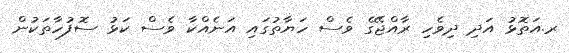
ރ.އަތޮޅު އަދި ދިވެހި ރާއްޖޭގެ ވެސް ހަޔާތުގައި އަނެއްކާ ވެސް ކަޅު ސޮފުހާތަކުން